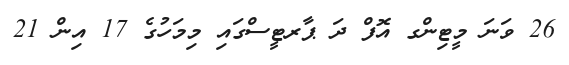
26 ވަނަ މީޓިންގ އޮފް ދަ ޕާރޓީސްގައި މިމަހުގެ 17 އިން 21